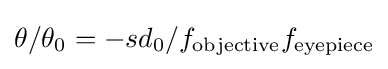
\theta /\theta _{0}=-sd_{0}/f_{\text{objective}}f_{\text{eyepiece}}